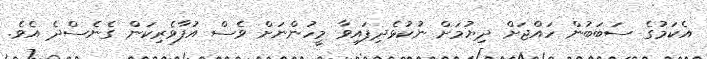
އެކަމުގެ ސަބަބުން ހައްޖަށް ދިޔުމަށް ނުކުޅެދިފައިވާ މީހުންނަށް ވެސް އުފާވެރިކަން ގެނެސްދެ އެވެ.